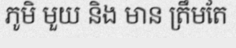
ភូមិ មួយ និង មាន ត្រឹមតែ